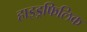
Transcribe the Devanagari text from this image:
हाइड्रफिलिक